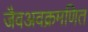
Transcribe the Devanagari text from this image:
जैवअवक्रमणित